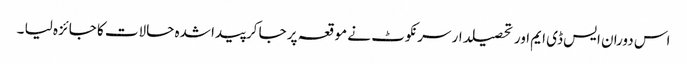
اس دوران ایس ڈی ایم اور تحصیلدار سرنکوٹ نے موقعہ پر جا کرپیدا شدہ حالات کا جائزہ لیا ۔